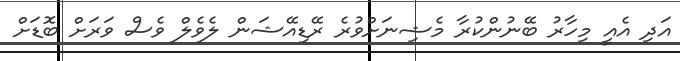
އަދި އެއީ މިހާރު ބޭނުންކުރާ މެޝިނަށްވުރެ ރޭޑިއޭޝަން ލެވެލް ވެސް ވަރަށް ބޮޑަށް